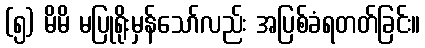
(၅) မိမိ မပြုရိုးမှန်သော်လည်း အပြစ်ခံရတတ်ခြင်း။